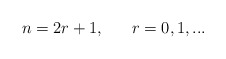
\begin{align*}n = 2 r + 1, \ \ \ \ \ r = 0, 1, ... \end{align*}